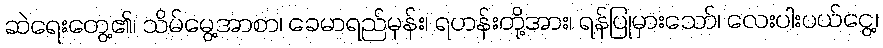
ဆဲရေးတွေ့၏၊ သိမ်မွေ့အာစာ၊ ခေမာရည်မှန်း၊ ရဟန်းတို့အား၊ ရန်ပြုမှားသော်၊ လေးပါးပယ်ငွေ့၊